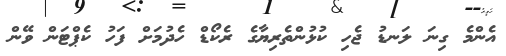
އެންމެ ގިނަ ލަނޑު ޖެހި ކުޅުންތެރިޔާގެ ރެކޯޑް ހެދުމަށް ފަހު ކެޕްޓަން ވޭން